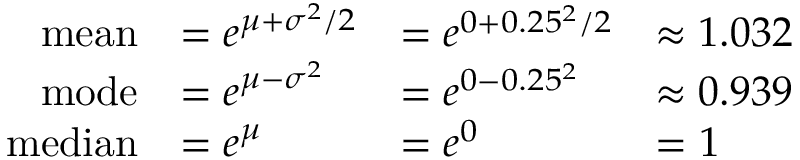
{ \begin{array} { r l l l } { { \mathrm { m e a n } } } & { = e ^ { \mu + \sigma ^ { 2 } / 2 } } & { = e ^ { 0 + 0 . 2 5 ^ { 2 } / 2 } } & { \approx 1 . 0 3 2 } \\ { { \mathrm { m o d e } } } & { = e ^ { \mu - \sigma ^ { 2 } } } & { = e ^ { 0 - 0 . 2 5 ^ { 2 } } } & { \approx 0 . 9 3 9 } \\ { { \mathrm { m e d i a n } } } & { = e ^ { \mu } } & { = e ^ { 0 } } & { = 1 } \end{array} }